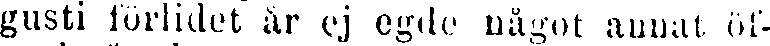
gusti förlidet år ej egde något annat öf-